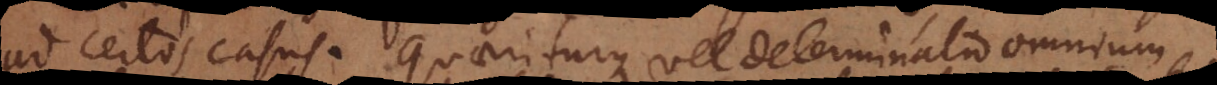
ad certos casus. Quaeriturque vel determinatio omnium